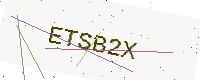
Text: ETSB2X